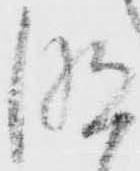
明